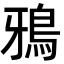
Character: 鴉